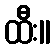
ထီး။